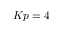
K p = 4